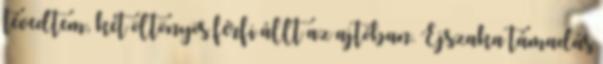
tévedtem, két öltönyös férfi állt az ajtóban. Éjszaka támadás